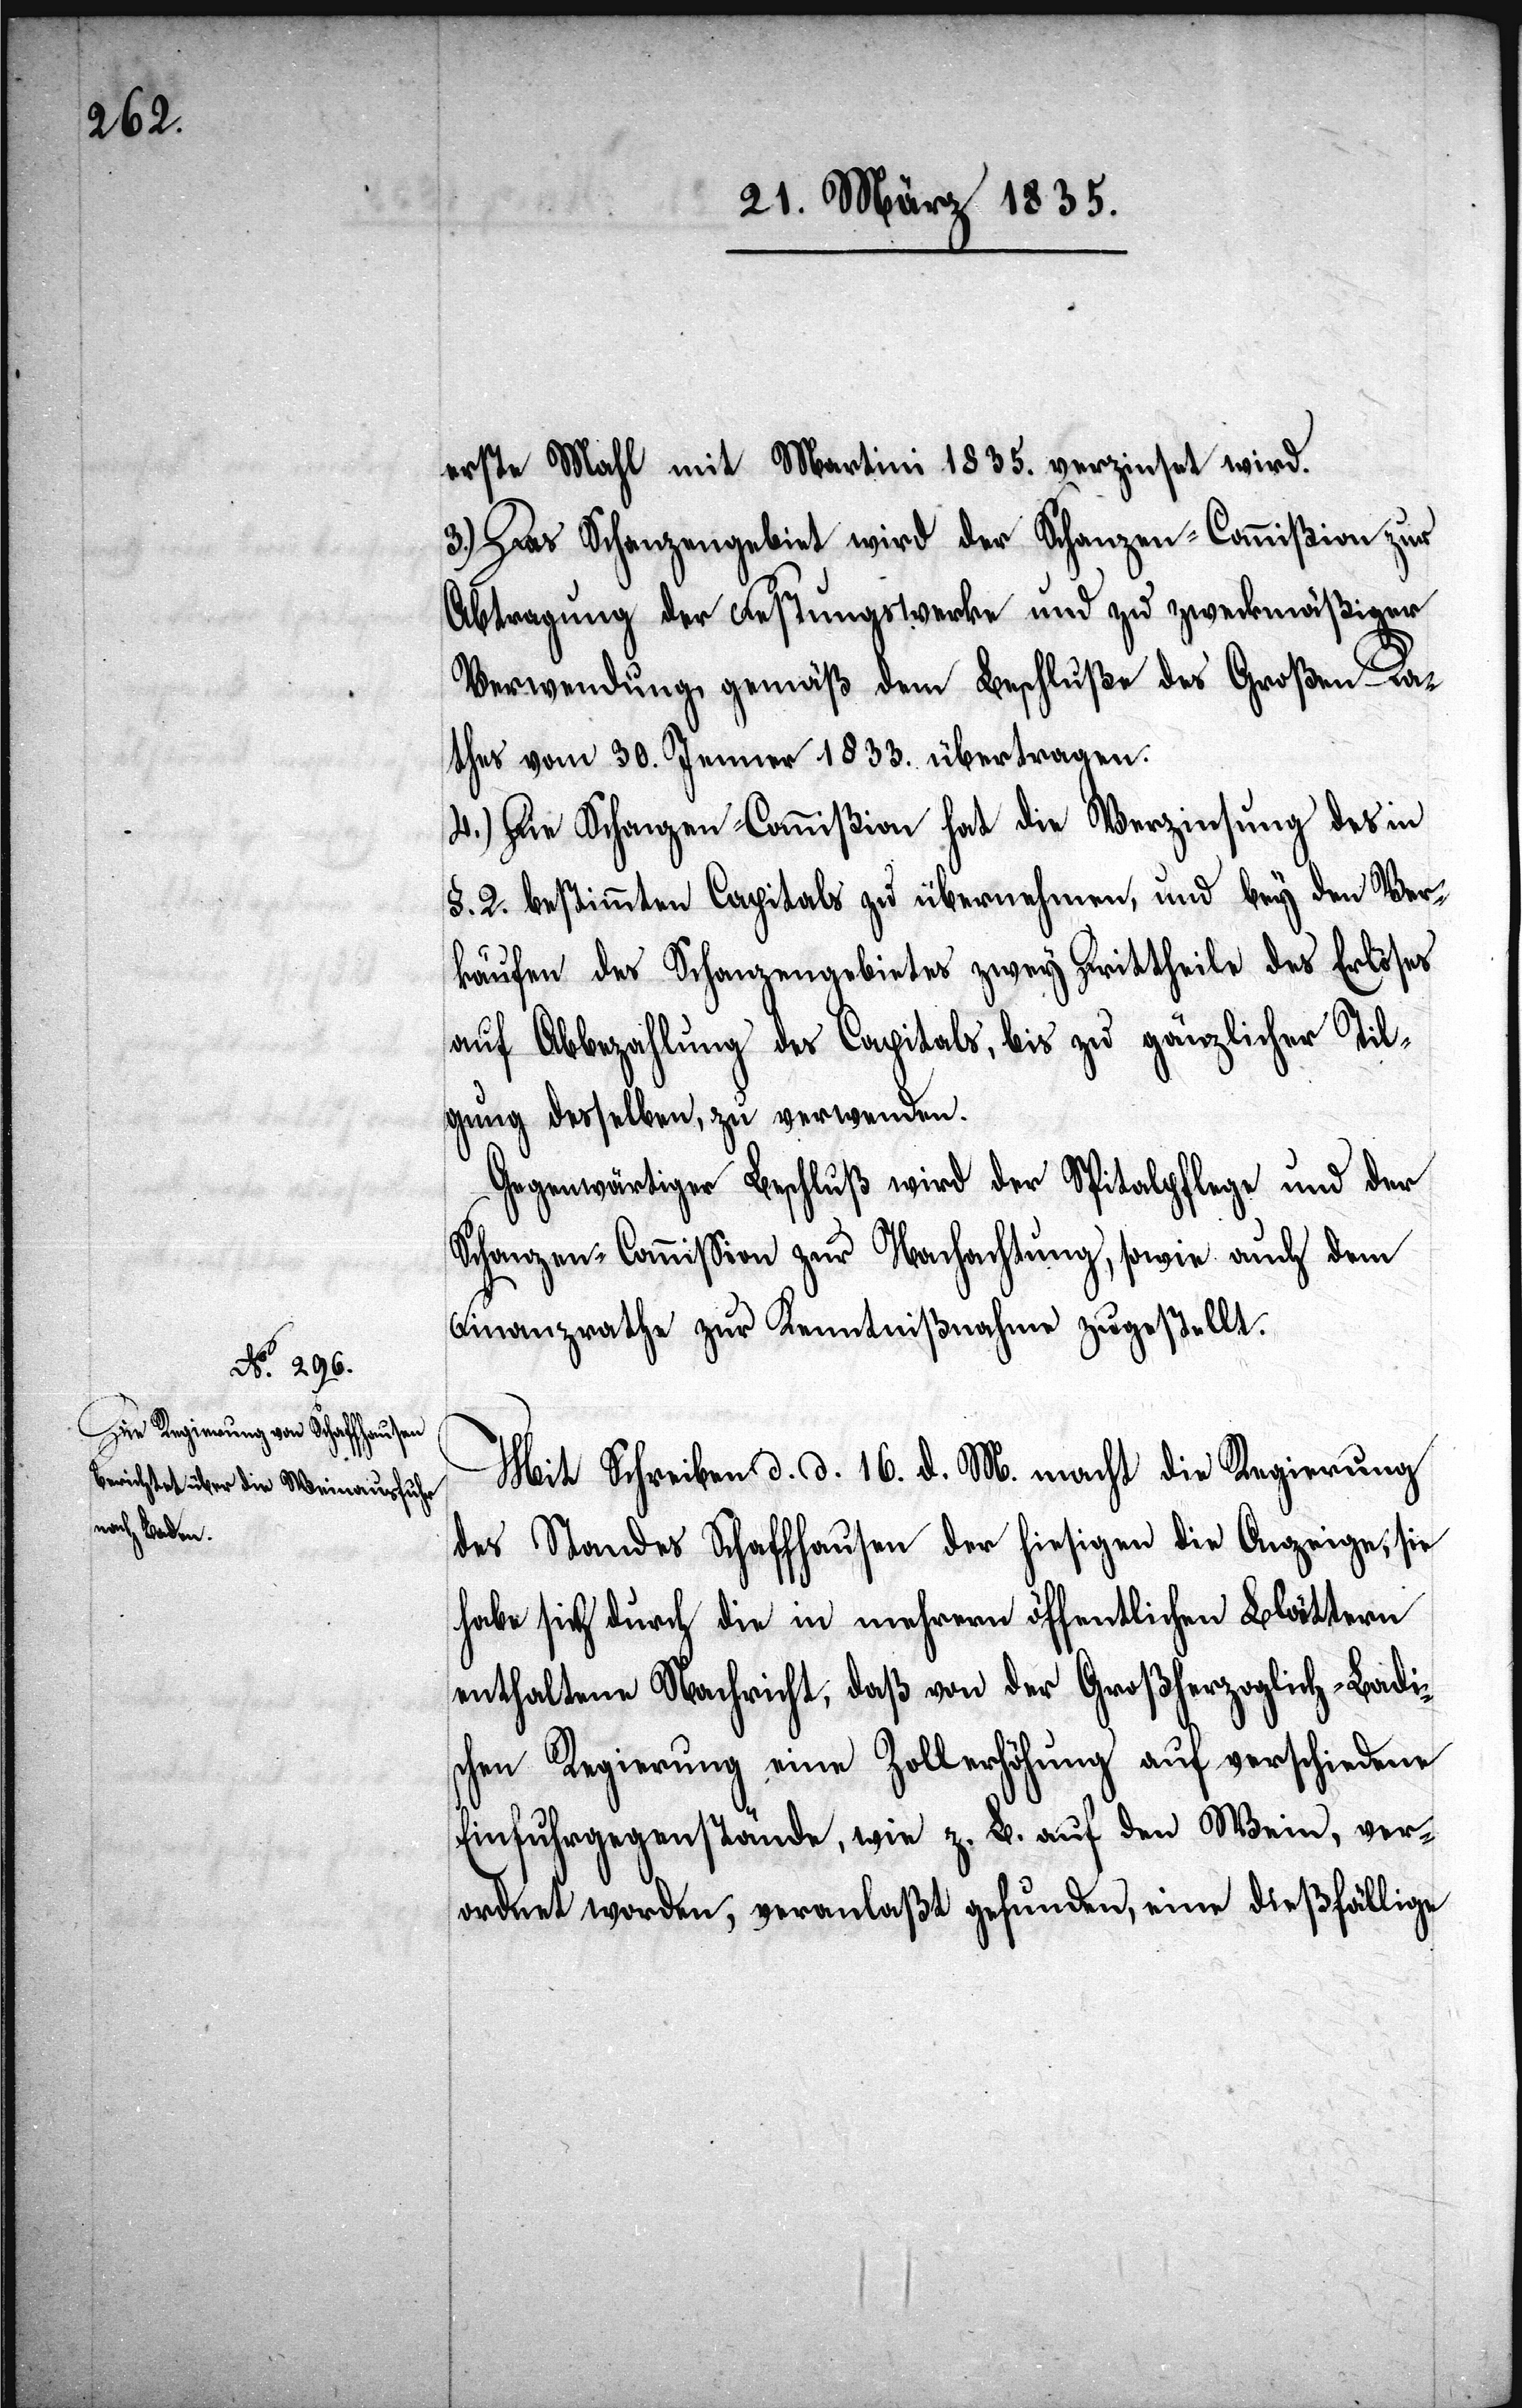
16. d.

kunft erwähnte

22.sten März 1834.
erste Mahl mit Martini 1835. verzinset wird.
3.) Das Schanzengebiet wird der Schanzen-Commißion zur
Abtragung der Festungswerke und zu zweckmäßiger
Verwendung gemäß dem Beschluße des Großen Ra¬
thes vom 30. Januar 1833. übertragen.
4.) Die Schanzen-Commißion hat die Verzinsung des in
§. 2. bestimmten Capitals zu übernehmen, und bey den Ver¬
käufen des Schanzengebietes zwey Drittheile des Erlöses
auf Abbezahlung des Capitals, bis zu gänzlicher Til¬
gung desselben, zu verwenden.
Gegenwärtiger Beschluß wird der Spitalpflege und der
Schanzen-Commißion zur Nachachtung, sowie auch dem
Finanzrathe zur Kenntnißnahme zugestellt.
Mit Schreiben d. d. 16. d. M. macht die Regierung
des Standes Schaffhausen der hiesigen die Anzeige, sie
habe sich durch die in mehrern öffentlichen Blättern
enthaltene Nachricht, daß von der Großherzoglich-Badi¬
schen Regierung eine Zollerhöhung auf verschiedene
Einfuhrgegenstände, wie z. B. auf den Wein, ver¬
ordnet worden, veranlaßt, eine dießfällige